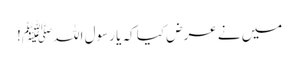
میں نے عرض کیا کہ یا رسول اللہﷺ!